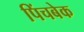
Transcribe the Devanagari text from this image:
पिंचबेक